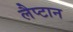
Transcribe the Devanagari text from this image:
लैप्टान